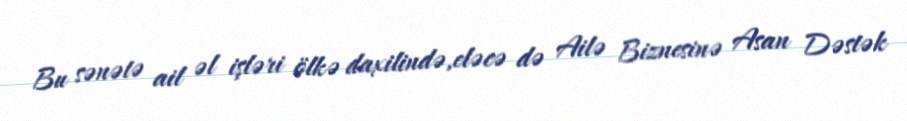
Bu sənətə ail əl işləri ölkə daxilində,eləcə də Ailə Biznesinə Asan Dəstək